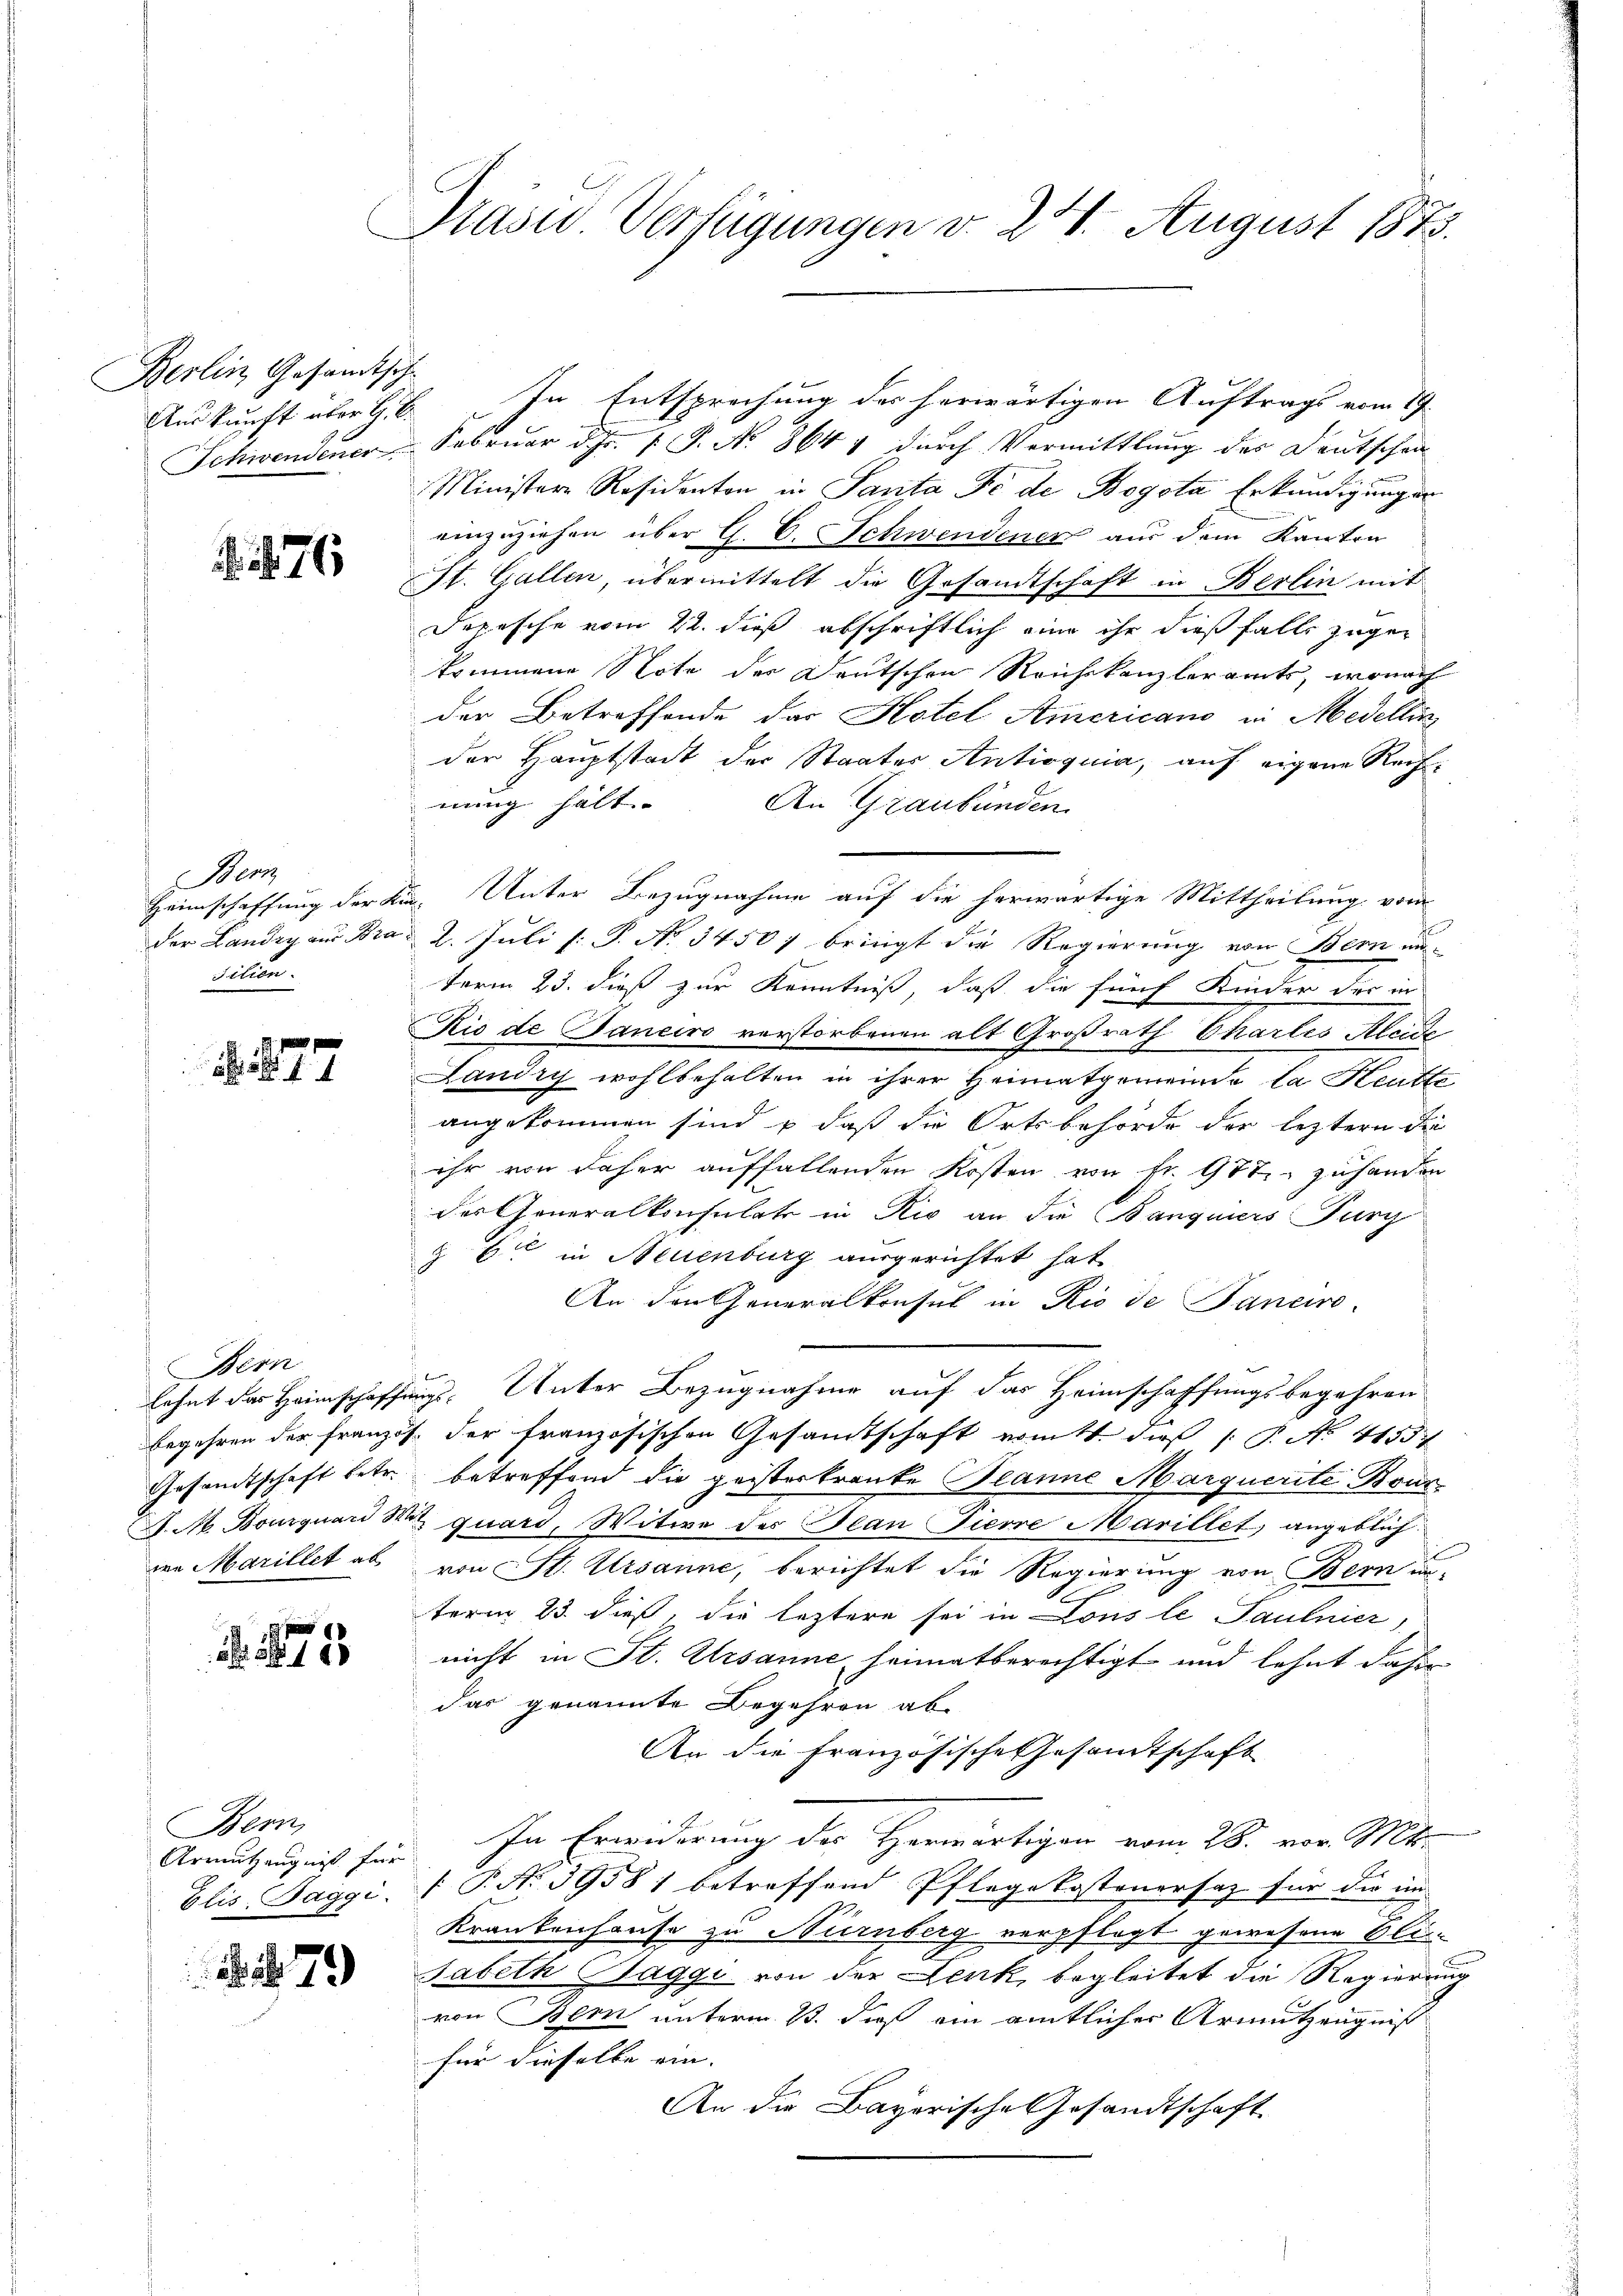
Berlin Gesandtsche
Auskunft über G. B.

76

Bern
dition.

. 147

Bern

275

Bern,
Armutzeugniß für
Elis. Paggi.
 279

Prasid. Verfügungen v. 24. August 1873.

In Entsprechung des herwärtigen Auftrags vom 19.
Schwendener Februar d. Js. v. J. No. 8644 durch Vermittlung des Deutschen
Ministere Residenten in Santa Fe de Bogota Erkundigungsr
einzuziehen über G. C. Schwendener aus dem Kanton
St. Gallen, übermittelt die Gesandtschaft in Berlin mit
Depesche vom 24. dieß abschriftlich eine ihr dießfalls zugekommene Note der Deutschen Reichskanzleramts, wonach
der Betreffende das Hotel Americano in Medellin
der Hauptstadt der Staates Antiquia, auf eigene Rechnung hält. |
An Graubünden
Heimschaffung der Kinn, Unter Bezugnahme auf die herwärtige Mittheilung vom
der Landry aus Bra 2. Juli [: P. No 34507 bringt die Regierung von Bern un
term 23. dieß zur Kenntniß, daß die fünf Kinder des in
Kis de Janeiro verstorbenen alt Großrath Chartes Aleide
Landry wohlbehalten in ihrer Heimatgemeinde la Heute
angekommen sind & daß die Ortsbehörde der leztern die
ihr von daher auffallenden Kosten von Fr. 977 zuhanden
des Generalkonsulat in Rio an die Banquiers Furg
 bi in Neuenburg ausgerichtet hat
An den Generalkonsul in Rio de Janeiro-
lehnt des Heimschaffungs-Unter Bezugnahme auf das Heimschaffungsbegehren
begehren der Französ. der französischen Gesamtschaft eritt. dieß (T. N. 4153
Gesandtschaft betr. betreffend die geisterkranke Planne Marquerite Bour¬
J. M. Bourquard Mit quard, Witwe des Jean Fierre Marillet, angeblichwo Marillet ab von St. Ursanne, berichtet die Regierung von Bern un-
term 23. dieß, die leztere sei in Lous le Paulnicz)
nicht in St. Ursanne heimatberechtigt und lehnt dahin
das genannte Begehren ab-
An die Französische Gesandtschaft
In Erwiderung der Herwärtigen vom 28. vor Mt.
P. N. 39581 betreffend Pflege kostenersatz für die in-
Krankenhause zu Nürnberg verpflegt gewesene Bliesabeth Saggi von der Lenk begleitet die Regierung
von Bern unterm 13. dieß ein amtlicher Armutzeugniß
für dieselbe ein. |
An die Bayerische Gesandtschaft